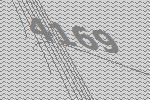
4169